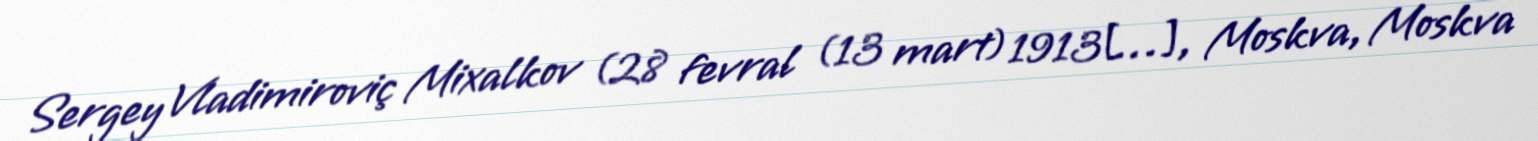
Sergey Vladimiroviç Mixalkov (28 fevral (13 mart) 1913[…], Moskva, Moskva